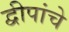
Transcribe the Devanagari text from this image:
द्वीपांचे